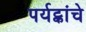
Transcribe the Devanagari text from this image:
पर्यट्कांचे